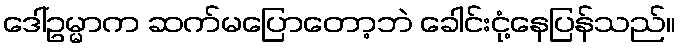
ဒေါ်ဥမ္မာက ဆက်မပြောတော့ဘဲ ခေါင်းငုံ့နေပြန်သည်။